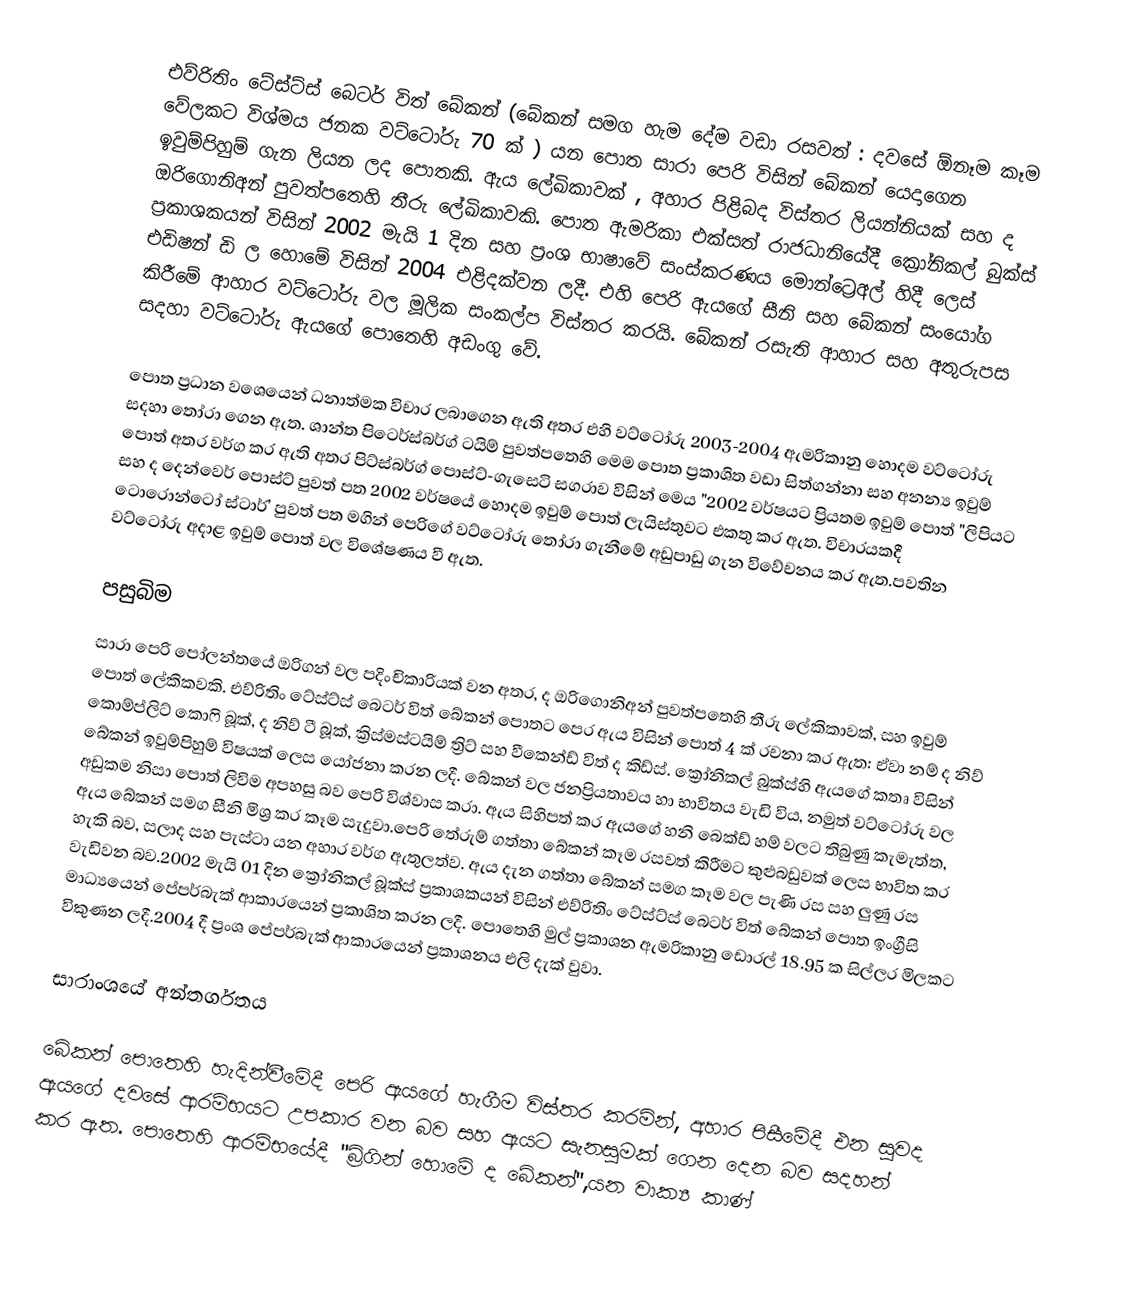
එව්රිතිං ටේස්ට්ස් බෙටර් විත් බේකන් (බේකන් සමග හැම දේම වඩා රසවත් : දවසේ ඕනෑම කෑම වේලකට විශ්මය ජනක වට්ටෝරු 70 ක් ) යන පොත සාරා පෙරි විසින් බේකන් යෙදාගෙන ඉවුම්පිහුම් ගැන ලියන ලද පොතකි. ඇය ලේඛිකාවක් , අහාර පිළිබද විස්තර ලියන්නියක් සහ  ද ඔරිගොනිඅන්  පුවත්පතෙහි තීරු ලේඛිකාවකි.  පොත ඇමරිකා එක්සත් රාජධානියේදී  ක්‍රෝනිකල් බුක්ස් ප්‍රකාශකයන් විසින් 2002 මැයි 1  දින සහ ප්‍රංශ භාෂාවේ  සංස්කරණය මොන්ට්‍රෙඅල් හිදී ලෙස් එඩිෂන් ඩි ල හොමේ විසින් 2004 එළිදක්වන ලදී. එහි පෙරි ඇයගේ සීනි සහ බේකන් සංයෝග කිරීමේ ආහාර වට්ටෝරු වල මූලික සංකල්ප විස්තර කරයි. බේකන් රසැති ආහාර සහ අතුරුපස සදහා වට්ටෝරු ඇයගේ පොතෙහි අඩංගු වේ.

පොත ප්‍රධාන වශෙයෙන් ධනාත්මක විචාර ලබාගෙන ඇති අතර එහි වට්ටෝරු 2003-2004 ඇමරිකානු හොදම වට්ටෝරු සදහා තෝරා ගෙන ඇත.  ශාන්ත පිටෙර්ස්බර්ග් ටයිම්  පුවත්පතෙහි මෙම පොත ප්‍රකාශිත වඩා සිත්ගන්නා සහ අනන්‍ය ඉවුම් පොත් අතර වර්ග කර ඇති අතර  පිට්ස්බර්ග් පොස්ට්-ගැසෙටි  සගරාව විසින් මෙය "2002 වර්ෂයට ප්‍රියතම ඉවුම් පොත් "ලිපියට සහ ද දෙන්වෙර් පොස්ට් පුවත් පත 2002 වර්ෂයේ හොදම ඉවුම් පොත් ලැයිස්තුවට එකතු කර ඇත. විචාරයකදී  ටොරොන්ටෝ ස්ටාර්' පුවත් පත මගින් පෙරිගේ වට්ටෝරු තෝරා ගැනීමේ අඩුපාඩු ගැන විවේචනය කර ඇත.පවතින වට්ටෝරු  අදාළ ඉවුම් පොත් වල විශේෂණය වී ඇත.

පසුබිම
සාරා පෙරි පෝලන්තයේ ඔරිගන්  වල පදිංචිකාරියක් වන අතර,  ද ඔරිගොනිඅන් පුවත්පතෙහි තීරු ලේකිකාවක්, සහ ඉවුම් පොත් ලේකිකවකි. එව්රිතිං ටේස්ට්ස් බෙටර් විත් බේකන් පොතට පෙර ඇය විසින් පොත් 4 ක් රචනා කර ඇත: ඒවා නම් ද නිව් කොම්ප්ලිට් කොෆි බූක්, ද නිව් ටී බූක්, ක්‍රිස්මස්ටයිම් ත්‍රිට් සහ වීකෙන්ඩ් විත් ද කිඩ්ස්. ක්‍රෝනිකල් බුක්ස්හි ඇයගේ කතෘ විසින් බේකන් ඉවුම්පිහුම් විෂයක් ලෙස යෝජනා කරන ලදී. බේකන් වල ජනප්‍රියතාවය හා භාවිතය වැඩි විය, නමුත් වට්ටෝරු වල අඩුකම නිසා පොත් ලිවිම අපහසු බව පෙරි විශ්වාස කරා. ඇය සිහිපත් කර ඇයගේ හනි බෙක්ඩ් හම් වලට තිබුණු කැමැත්ත, ඇය බේකන් සමග සීනි මිශ්‍ර කර කෑම සැදුවා.පෙරි තේරුම් ගත්තා බේකන් කෑම රසවත් කිරීමට කුළුබඩුවක් ලෙස භාවිත කර හැකි බව, සලාද සහ පැස්ටා යන අහාර වර්ග ඇතුලත්ව. ඇය දැන ගත්තා බේකන් සමග කෑම වල පැණි රස සහ ලුණු  රස වැඩිවන බව.2002 මැයි 01 දින ක්‍රෝනිකල් බූක්ස් ප්‍රකාශකයන් විසින්  එව්රිතිං ටේස්ට්ස් බෙටර් විත් බේකන් පොත ඉංග්‍රීසි මාධ්‍යයෙන්  පේපර්බැක්  ආකාරයෙන් ප්‍රකාශිත කරන ලදී. පොතෙහි මුල් ප්‍රකාශන ඇමරිකානු ඩොරල් 18.95 ක සිල්ලර මිලකට විකුණන ලදී.2004 දී ප්‍රංශ පේපර්බැක් ආකාරයෙන්  ප්‍රකාශනය එලි දැක් වුවා.

සාරාංශයේ අන්තර්ගතය

බේකන් පොතෙහි හැදින්වීමේදී පෙරි ඇයගේ හැගීම විස්තර කරමින්, අහාර පිසීමේදී එන සුවද ඇයගේ දවසේ ආරම්භයට උපකාර වන බව සහ ඇයට සැනසුමක් ගෙන දෙන බව සදහන් කර ඇත. පොතෙහි ආරම්භයේදී "බ්‍රිගින් හොමේ ද බේකන්",යන වාක්‍ය කාණ්